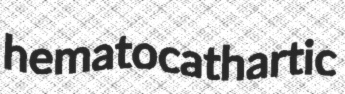
hematocathartic